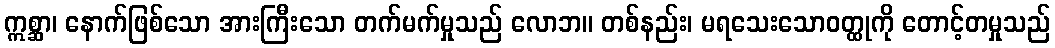
ဣစ္ဆာ၊ နောက်ဖြစ်သော အားကြီးသော တက်မက်မှုသည် လောဘ။ တစ်နည်း၊ မရသေးသောဝတ္ထုကို တောင့်တမှုသည်